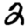
Digit: 2